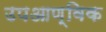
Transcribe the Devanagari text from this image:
उपआण्विक